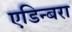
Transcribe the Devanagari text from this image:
एडिन्बरा